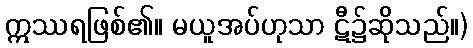
ဣဿရဖြစ်၏။ မယူအပ်ဟုသာ ဋီ၌ဆိုသည်။)